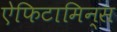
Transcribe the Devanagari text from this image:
ऐफिटामिन्स